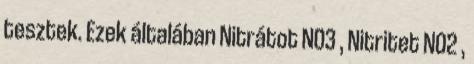
tesztek. Ezek általában Nitrátot NO3 , Nitritet NO2 ,